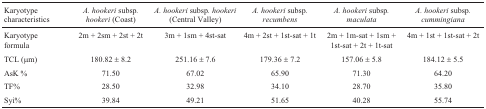
<table><thead><tr><td><b>Karyotype characteristics</b></td><td><b><i>A. hookeri</i> subsp<i>. hookeri</i> (Coast)</b></td><td><b><i>A. hookeri</i> subsp<i>. hookeri</i> (Central Valley)</b></td><td><b><i>A. hookeri</i> subsp<i>. recumbens</i></b></td><td><b><i>A. hookeri</i> subsp<i>. maculata</i></b></td><td><b><i>A. hookeri</i> subsp<i>. cummingiana</i></b></td></tr></thead><tbody><tr><td> Karyotype formula</td><td>2m + 2sm + 2st + 2t</td><td>3m + 1sm + 4st-sat</td><td>4m + 2st + 1st-sat + 1t</td><td>2m + 1m-sat + 1sm + 1st-sat + 2t + 1t-sat</td><td>4m + 1st + 1st-sat + 2t</td></tr><tr><td>TCL (μm)</td><td>180.82 ± 8.2</td><td>251.16 ± 7.6</td><td>179.36 ± 7.2</td><td>157.06 ± 5.8</td><td>184.12 ± 5.5</td></tr><tr><td>AsK %</td><td>71.50</td><td>67.02</td><td>65.90</td><td>71.30</td><td>64.20</td></tr><tr><td>TF%</td><td>28.50</td><td>32.98</td><td>34.10</td><td>28.70</td><td>35.80</td></tr><tr><td>Syi%</td><td>39.84</td><td>49.21</td><td>51.65</td><td>40.28</td><td>55.74</td></tr></tbody></table>